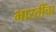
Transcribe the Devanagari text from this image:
भारतींचा